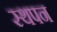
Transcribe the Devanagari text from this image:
स्थपन